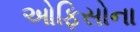
ઓફિસોના